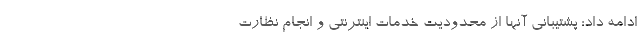
ادامه داد: پشتیبانی آنها از محدودیت خدمات اینترنتی و انجام نظارت